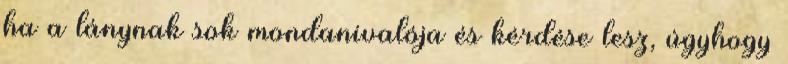
ha a lánynak sok mondanivalója és kérdése lesz, úgyhogy